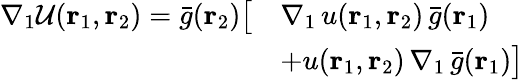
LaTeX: \begin{array}{rl}{\nabla_{1}\mathcal{U}({\mathbf{r}_{1}},{\mathbf{r}_{2}})=\bar{g}({\mathbf{r}_{2}})\big[}&{\nabla_{1}\, u({\mathbf{r}_{1}},{\mathbf{r}_{2}})\, \bar{g}({\mathbf{r}_{1}})}\\ &{+u({\mathbf{r}_{1}},{\mathbf{r}_{2}})\, \nabla_{1}\, \bar{g}({\mathbf{r}_{1}})\big]}\end{array}